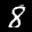
Label: 8